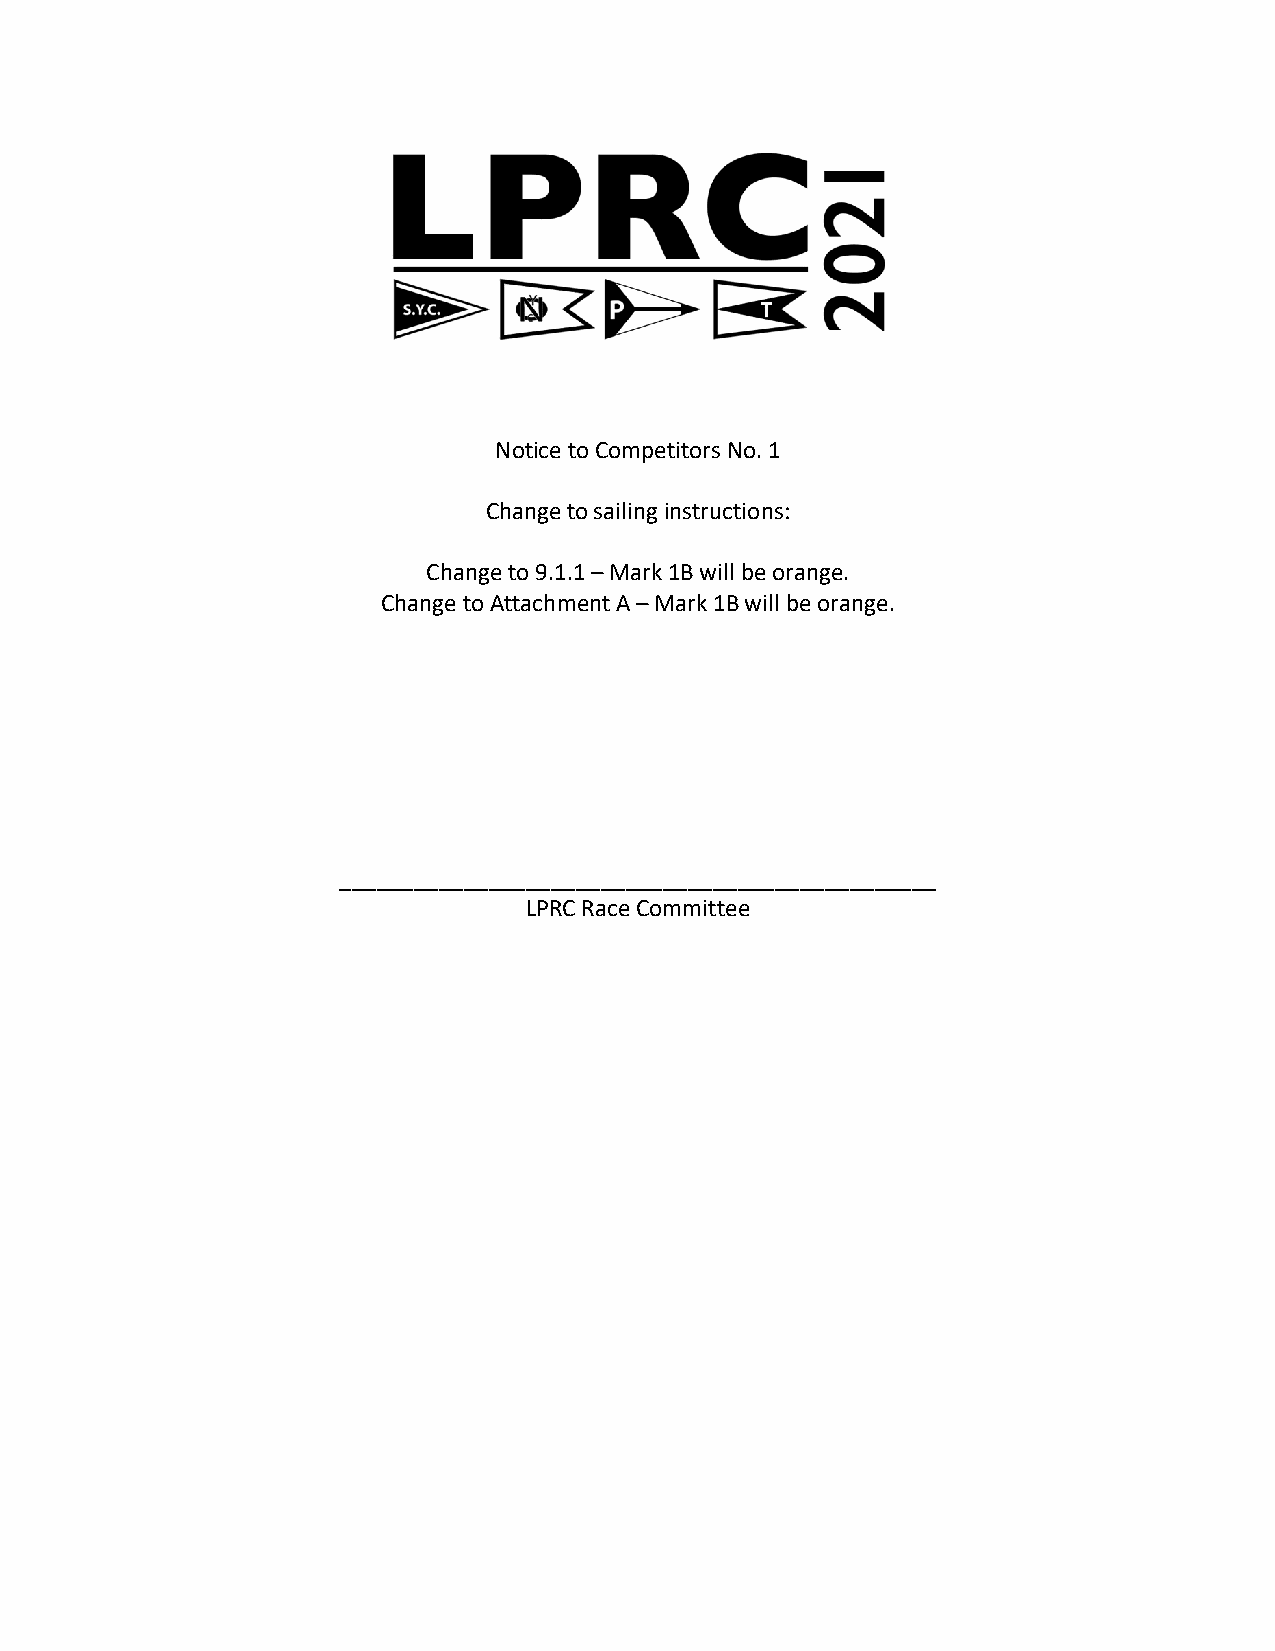
Notice to Competitors No. 1
 Change to sailing instructions:
 Change to 9.1.1 – Mark 1B will be orange.
 Change to Attachment A – Mark 1B will be orange.
 ________________________________________________
 LPRC Race Committee